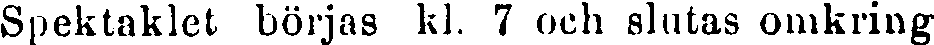
Spektaklet börjas kl. 7 och slutas omkring